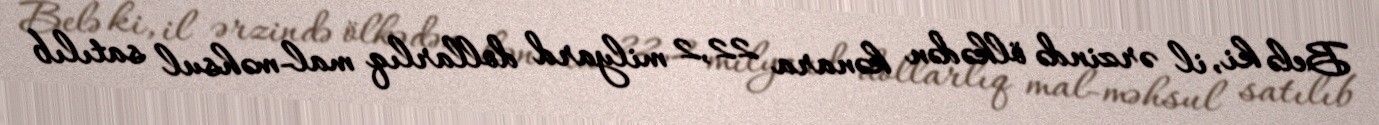
Belə ki, il ərzində ölkədən kənara 22,2 milyard dollarlıq mal-məhsul satılıb